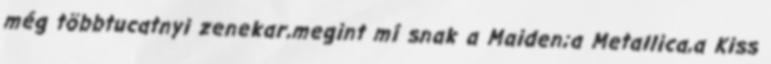
még többtucatnyi zenekar,megint mí snak a Maiden;a Metallica,a Kiss